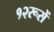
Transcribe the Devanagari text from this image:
१२रूसें